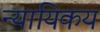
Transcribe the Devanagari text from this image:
न्यायिकय